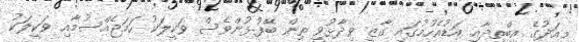
މިއަދުގެ އިބްތިދާއީ އަޑުއެހުމުގައި ގާޒީ ވިދާޅުވީ ތިން ބޭފުޅުންވެސް ވަކީލަކު ހަމަޖެއްސުމާއި ވަކީލަކު